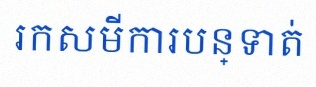
រកសមីការបន្ទាត់